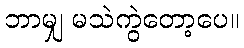
ဘာမျှ မသဲကွဲတော့ပေ။